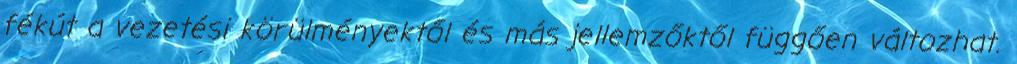
fékút a vezetési körülményektől és más jellemzőktől függően változhat.